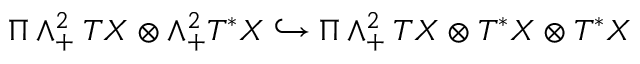
\Pi \wedge _ { + } ^ { 2 } T X \otimes \wedge _ { + } ^ { 2 } T ^ { * } X \hookrightarrow \Pi \wedge _ { + } ^ { 2 } T X \otimes T ^ { * } X \otimes T ^ { * } X